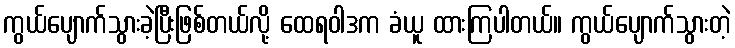
ကွယ်ပျောက်သွားခဲ့ပြီးဖြစ်တယ်လို့ ထေရဝါဒက ခံယူ ထားကြပါတယ်။ ကွယ်ပျောက်သွားတဲ့